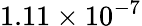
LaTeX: {\displaystyle 1.11\times 10^{-7}}